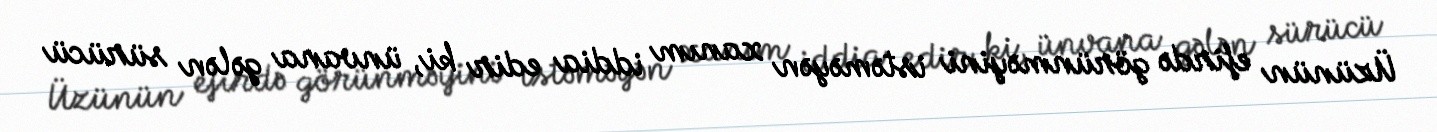
Üzünün efirdə görünməyini istəməyən xanım iddia edir ki, ünvana gələn sürücü